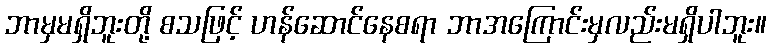
ဘာမှမရှိဘူးတို့ စသဖြင့် ဟန်ဆောင်နေစရာ ဘာအကြောင်းမှလည်းမရှိပါဘူး။